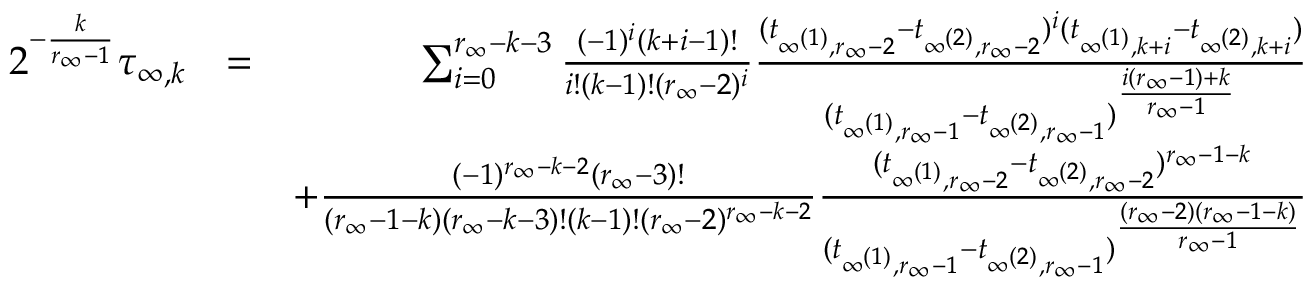
\begin{array} { r l r } { 2 ^ { - \frac { k } { r _ { \infty } - 1 } } \tau _ { \infty , k } } & { = } & { \sum _ { i = 0 } ^ { r _ { \infty } - k - 3 } \frac { ( - 1 ) ^ { i } ( k + i - 1 ) ! } { i ! ( k - 1 ) ! ( r _ { \infty } - 2 ) ^ { i } } \frac { ( t _ { \infty ^ { ( 1 ) } , r _ { \infty } - 2 } - t _ { \infty ^ { ( 2 ) } , r _ { \infty } - 2 } ) ^ { i } ( t _ { \infty ^ { ( 1 ) } , k + i } - t _ { \infty ^ { ( 2 ) } , k + i } ) } { ( t _ { \infty ^ { ( 1 ) } , r _ { \infty } - 1 } - t _ { \infty ^ { ( 2 ) } , r _ { \infty } - 1 } ) ^ { \frac { i ( r _ { \infty } - 1 ) + k } { r _ { \infty } - 1 } } } } \\ & { } & { + \frac { ( - 1 ) ^ { r _ { \infty } - k - 2 } ( r _ { \infty } - 3 ) ! } { ( r _ { \infty } - 1 - k ) ( r _ { \infty } - k - 3 ) ! ( k - 1 ) ! ( r _ { \infty } - 2 ) ^ { r _ { \infty } - k - 2 } } \frac { ( t _ { \infty ^ { ( 1 ) } , r _ { \infty } - 2 } - t _ { \infty ^ { ( 2 ) } , r _ { \infty } - 2 } ) ^ { r _ { \infty } - 1 - k } } { ( t _ { \infty ^ { ( 1 ) } , r _ { \infty } - 1 } - t _ { \infty ^ { ( 2 ) } , r _ { \infty } - 1 } ) ^ { \frac { ( r _ { \infty } - 2 ) ( r _ { \infty } - 1 - k ) } { r _ { \infty } - 1 } } } } \\ & { } & \end{array}